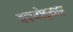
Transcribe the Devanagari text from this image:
तदप्योङ्कार